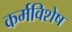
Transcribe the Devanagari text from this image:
कर्मविशेष